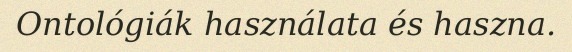
Ontológiák használata és haszna.